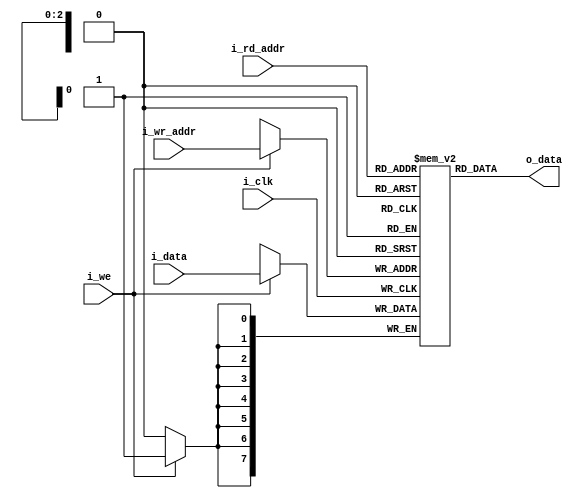
module dualram			//
 #(parameter ASIZE = 3,    
   parameter DSIZE = 8)    
(
	input i_we,i_clk,
	input [ASIZE-1:0] i_wr_addr,i_rd_addr,
	input [DSIZE-1:0] i_data,
	output [DSIZE-1:0] o_data
);
	localparam RAMDEPTH = 1 << ASIZE;

	reg [DSIZE-1:0] mem [RAMDEPTH-1:0];

	assign o_data = mem[i_rd_addr];

	always@(posedge i_clk)
	if(i_we)
		mem[i_wr_addr] <= i_data;

endmodule

module dualram8
 #(parameter DSIZE = 8)    
(
	input i_we,i_clk,
	input [2:0] i_wr_addr,i_rd_addr,
	input [DSIZE-1:0] i_data,
	output [DSIZE-1:0] o_data
);

	reg [DSIZE-1:0] mem [7:0];

	assign o_data = mem[i_rd_addr];

	always@(posedge i_clk)
	if(i_we)
		case(i_wr_addr)
		3'd1:	mem[1] <= i_data;
		3'd2:	mem[2] <= i_data;
		3'd3:	mem[3] <= i_data;
		3'd4:	mem[4] <= i_data;
		3'd5:	mem[5] <= i_data;
		3'd6:	mem[6] <= i_data;
		3'd7:	mem[7] <= i_data;
		default:	mem[0] <= i_data;
		endcase

endmodule

module dualram_rdreg				//sram
 #(parameter ASIZE = 13,    
   parameter DSIZE = 8)  
(
	clock,
	data,
	rdaddress,
	wraddress,
	wren,
	q);

	input	clock;
	input	[DSIZE-1:0]  data;
	input	[ASIZE-1:0]  rdaddress;
	input	[ASIZE-1:0]  wraddress;
	input	 wren;
	output [DSIZE-1:0]  q;
	
	localparam RAMDEPTH = 1 << ASIZE;

	reg [DSIZE-1:0] mem [RAMDEPTH-1:0];
	reg [ASIZE-1:0]  rdaddr;
	
	assign q = mem[rdaddr];
	
	always@(posedge clock)
	begin
		if(wren)
		  mem[wraddress] <= data;
	rdaddr <= rdaddress;
	end
	

endmodule